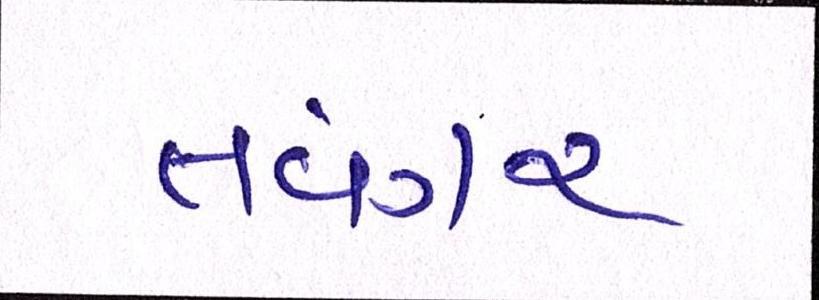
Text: તવંગર